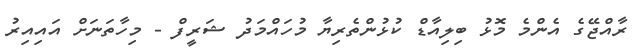
ރާއްޖޭގެ އެންމެ މޮޅު ބިލިއާޑް ކުޅުންތެރިޔާ މުހައްމަދު ޝަރީފް - މިހާތަނަށް އައިއިރު